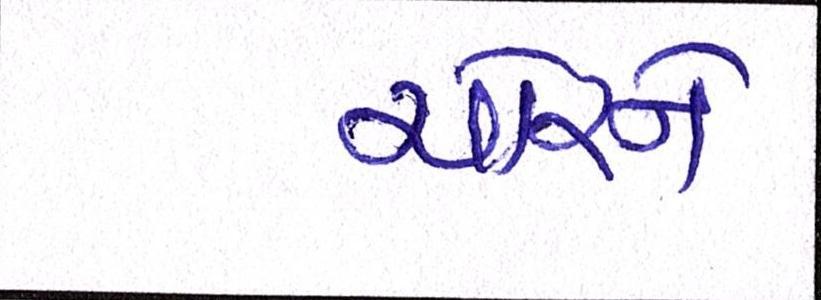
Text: ચોરને